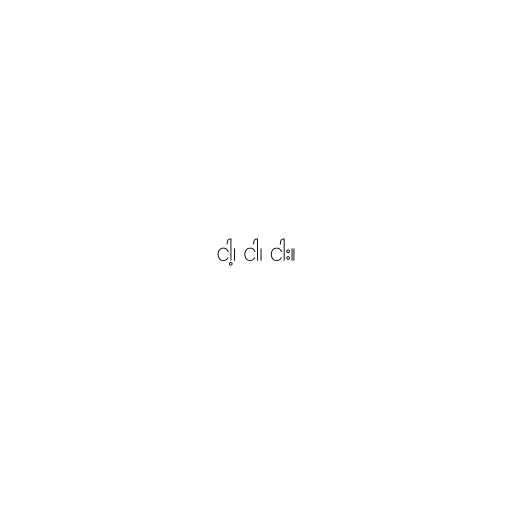
ငါ့၊ ငါ၊ ငါး။